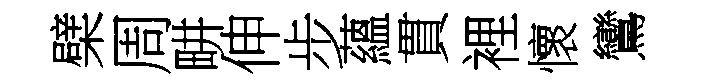
檗周畊伸步蘊貫裡懷鸞